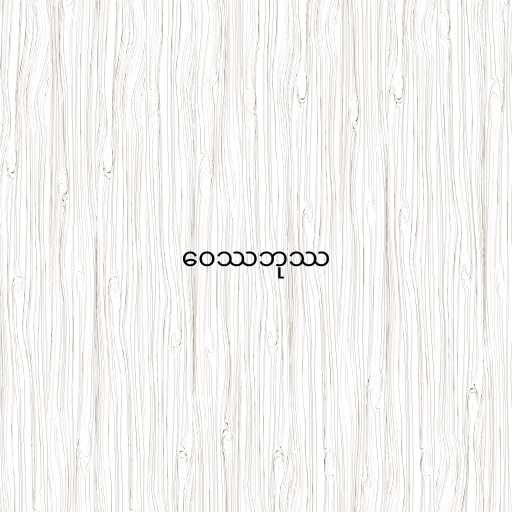
ဝေဿဘုဿ